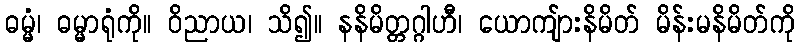
ဓမ္မံ၊ ဓမ္မာရုံကို။ ဝိညာယ၊ သိ၍။ နနိမိတ္တဂ္ဂါဟီ၊ ယောကျ်ားနိမိတ် မိန်းမနိမိတ်ကို